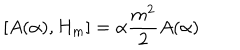
\left[ A ( \alpha ) , H _ { m } \right] = \alpha { \frac { m ^ { 2 } } { 2 } } A ( \alpha )